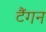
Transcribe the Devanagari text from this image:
टैंगन